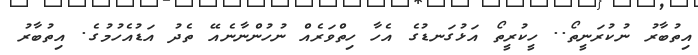
އިތުބާރު ނުކުރަނީތޯ.. ހީކުރީތޯ އަޅުގަނޑުގެ އެހާ ހިތްވަރެއް ނުހުންނާނެއޭ ތެދު އަޑުއެހުމުގެ. އިތުބާރު